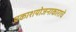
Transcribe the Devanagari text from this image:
प्रकाशयोजनाकाराचे